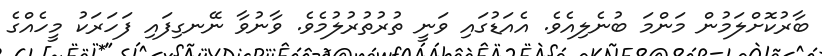
ބާރުކޮށްލަމުން މަންމަ ބުނެލިއެވެ. އެއަޑުގައި ވަނީ ތުރުތުރުލުމެވެ. ވާނުވާ ނޭނގިފައި ފަހަރަކު މީހެއްގެ